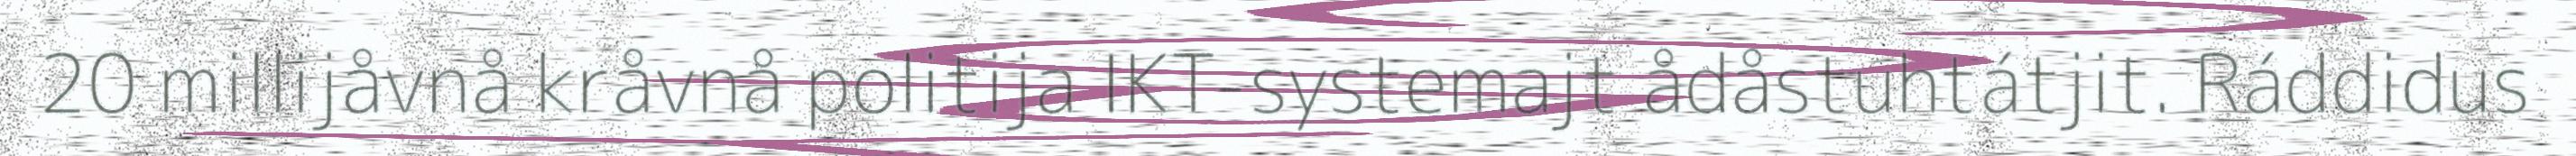
20 millijåvnå kråvnå politija IKT-systemajt ådåstuhtátjit. Ráddidus